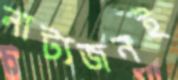
নাট্যজনই